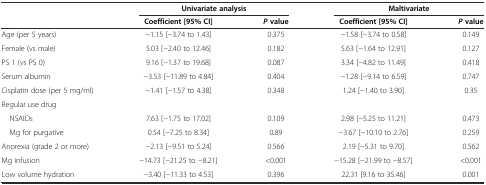
|  | <COLSPAN=2> Univariate analysis | <COLSPAN=2> Maltivariate |
 |  | Coefficient [95% CI] | Pvalue | Coefficient [95% CI] | Pvalue |
 | --- | --- | --- | --- | --- |
 | Age (per 5 years) | −1.15 [−3.74 to 1.43] | 0.375 | −1.58 [−3.74 to 0.58] | 0.149 |
 | Female (vs male) | 5.03 [−2.40 to 12.46] | 0.182 | 5.63 [−1.64 to 12.91] | 0.127 |
 | PS 1 (vs PS 0) | 9.16 [−1.37 to 19.68] | 0.087 | 3.34 [−4.82 to 11.49] | 0.418 |
 | Serum albumin | −3.53 [−11.89 to 4.84] | 0.404 | −1.28 [−9.14 to 6.59] | 0.747 |
 | Cisplatin dose (per 5 mg/ml) | −1.41 [−1.57 to 4.38] | 0.348 | 1.24 [−1.40 to 3.90] | 0.35 |
 | Regular use drug |  |  |  |  |
 | NSAIDs | 7.63 [−1.75 to 17.02] | 0.109 | 2.98 [−5.25 to 11.21] | 0.473 |
 | Mg for purgative | 0.54 [−7.25 to 8.34] | 0.89 | −3.67 [−10.10 to 2.76] | 0.259 |
 | Anorexia (grade 2 or more) | −2.13 [−9.51 to 5.24] | 0.566 | 2.19 [−5.31 to 9.70] | 0.562 |
 | Mg infusion | −14.73 [−21.25 to −8.21] | <0.001 | −15.28 [−21.99 to −8.57] | <0.001 |
 | Low volume hydration | −3.40 [−11.33 to 4.53] | 0.396 | 22.31 [9.16 to 35.46] | 0.001 |